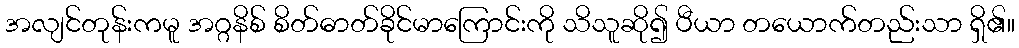
အလျင်တုန်းကမူ အဂ္ဂနိစ် စိတ်ဓာတ်ခိုင်မာကြောင်းကို သိသူဆို၍ ပီယာ တယောက်တည်းသာ ရှိ၏။